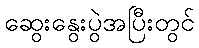
ဆွေးနွေးပွဲအပြီးတွင်